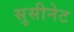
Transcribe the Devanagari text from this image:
सुसीनेट